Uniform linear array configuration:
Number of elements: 16
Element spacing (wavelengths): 1
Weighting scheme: cosine
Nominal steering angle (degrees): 0
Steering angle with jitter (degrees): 1.348
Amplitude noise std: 0.05
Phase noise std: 0.05

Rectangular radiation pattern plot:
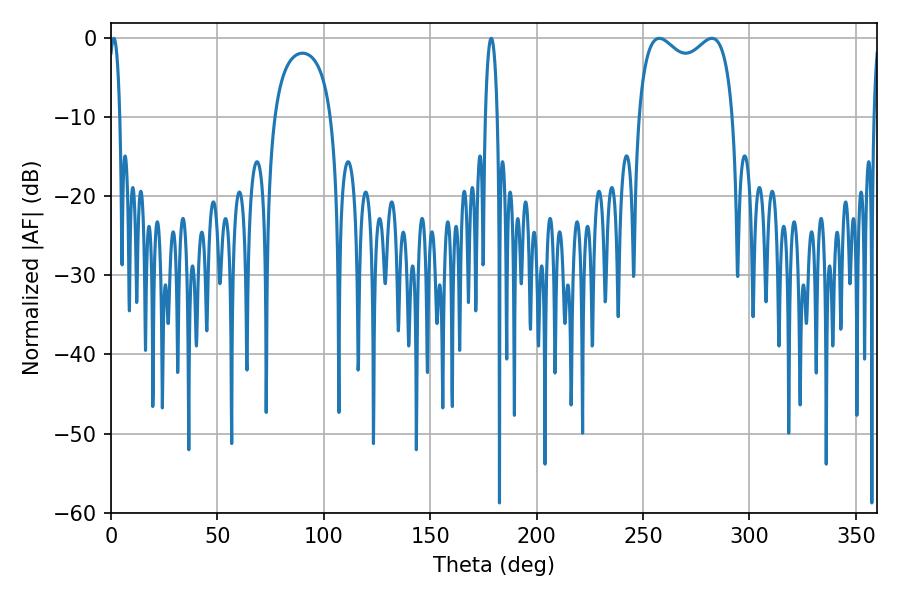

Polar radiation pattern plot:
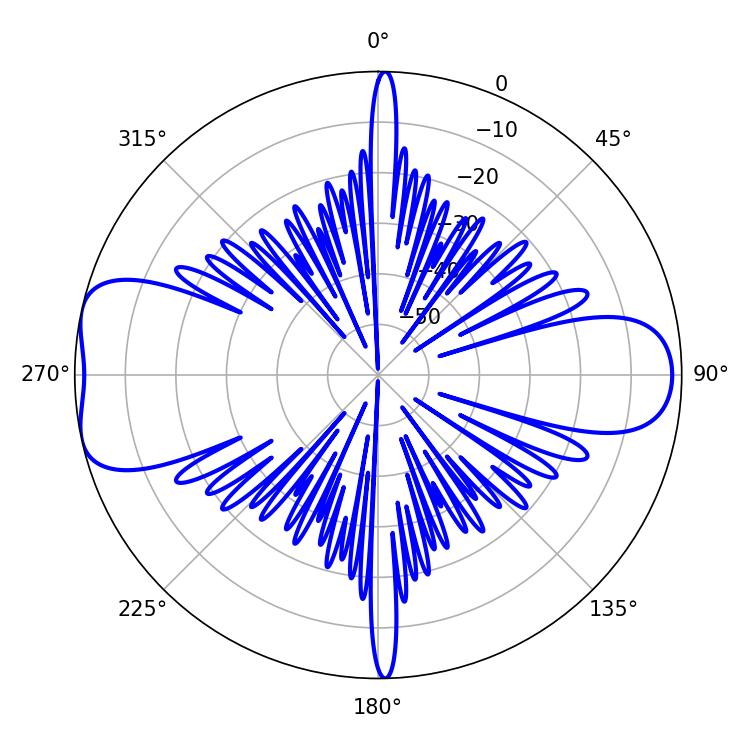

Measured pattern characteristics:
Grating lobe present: TRUE
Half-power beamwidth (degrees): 37.08
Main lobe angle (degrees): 257.58